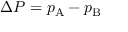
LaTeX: \Delta P = p _ { \mathrm { { A } } } - p _ { \mathrm { { B } } }